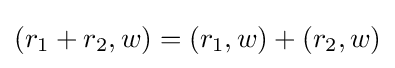
(r_{1}+r_{2},w)=(r_{1},w)+(r_{2},w)